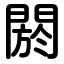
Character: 閼